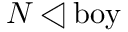
N \triangleleft { \mathrm { b o y } }